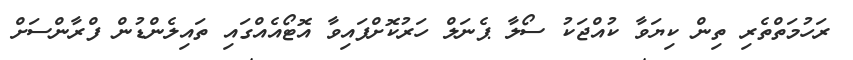
ރަހުމަތްތެރި ތިން ކިޔަވާ ކުއްޖަކު ސޯލާ ޕެނަލް ހަރުކޮށްފައިވާ އޮޓޯއެއްގައި ތައިލެންޑުން ފްރާންސަށް